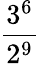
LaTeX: \frac{3^{6}}{2^{9}}